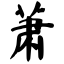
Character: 萧